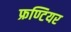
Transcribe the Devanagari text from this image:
फ्रण्टियर